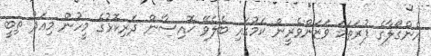
އެންގޯލާގެ ފުރަތަމަ ވަޒަންވެރީން ކަމުގައި ބެލެވޭ ޚޮއިސާން ދަރިކޮޅުގެ މީހުން މިއަދު ތިބީ